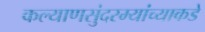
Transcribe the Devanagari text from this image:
कल्याणसुंदरम्यांच्याकडे